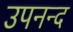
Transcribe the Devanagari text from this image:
उपनन्द